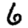
Digit: 6